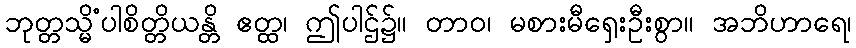
ဘုတ္တသ္မိံပါစိတ္တိယန္တိ ဧတ္ထ၊ ဤပါဌ်၌။ တာဝ၊ မစားမီရှေးဦးစွာ။ အဘိဟာရေ၊